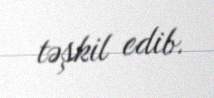
təşkil edib.